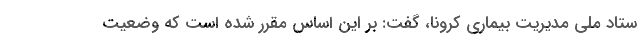
ستاد ملی مدیریت بیماری کرونا، گفت: بر این اساس مقرر شده است که وضعیت